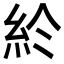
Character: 𥾪